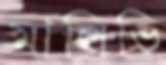
মালিভি